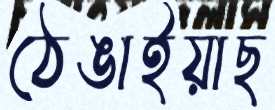
ঠেঙাইয়াছ